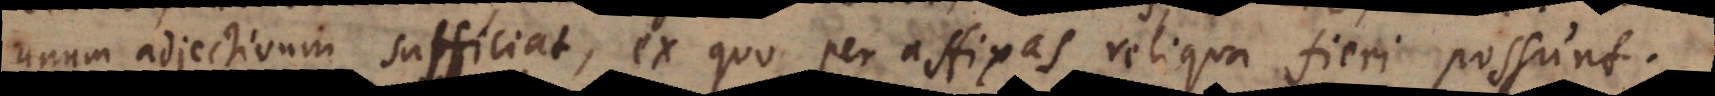
unum adjectivum sufficiat, ex quo per affixas reliqua fieri possunt.